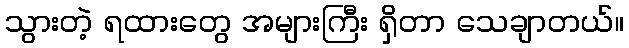
သွားတဲ့ ရထားတွေ အများကြီး ရှိတာ သေချာတယ်။